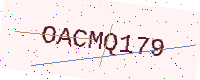
Text: OACMQ179